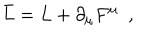
\bar { L } = L + \partial _ { \mu } F ^ { \mu } \, \, \, ,